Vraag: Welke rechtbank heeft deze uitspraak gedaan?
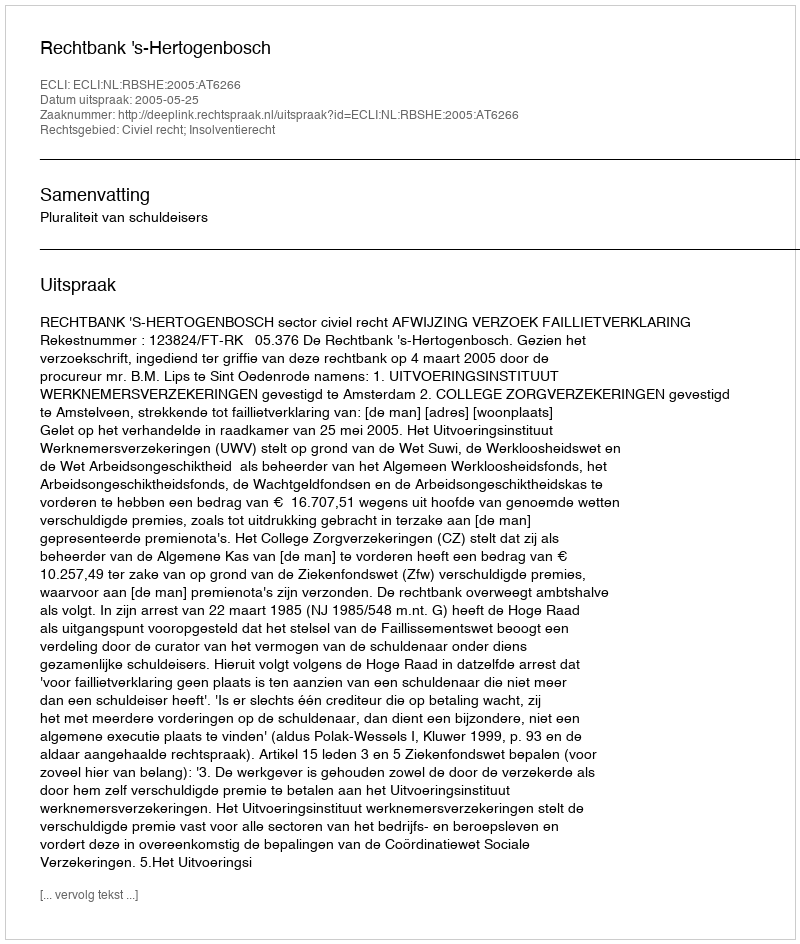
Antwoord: Rechtbank 's-Hertogenbosch